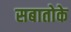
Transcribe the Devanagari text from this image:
सबातोके